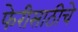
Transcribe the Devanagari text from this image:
फेरीसाठीचे